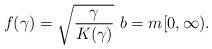
LaTeX: \begin{align*}f(\gamma) = \sqrt{\frac{\gamma}{K(\gamma)}} \ b = m[0,\infty). \end{align*}